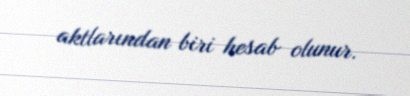
aktlarından biri hesab olunur.